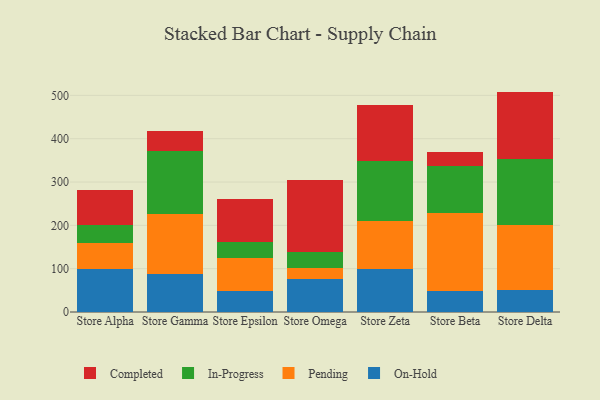
{"axis": {"x": "Store", "y": "Shipments"}, "legend": ["Completed", "In-Progress", "On-Hold", "Pending"], "data": [{"x": "Store Alpha", "y": 98.7, "type": "On-Hold"}, {"x": "Store Alpha", "y": 60.4, "type": "Pending"}, {"x": "Store Alpha", "y": 42.8, "type": "In-Progress"}, {"x": "Store Alpha", "y": 79.3, "type": "Completed"}, {"x": "Store Gamma", "y": 86.6, "type": "On-Hold"}, {"x": "Store Gamma", "y": 138.7, "type": "Pending"}, {"x": "Store Gamma", "y": 145.9, "type": "In-Progress"}, {"x": "Store Gamma", "y": 45.8, "type": "Completed"}, {"x": "Store Epsilon", "y": 48.8, "type": "On-Hold"}, {"x": "Store Epsilon", "y": 75.0, "type": "Pending"}, {"x": "Store Epsilon", "y": 38.3, "type": "In-Progress"}, {"x": "Store Epsilon", "y": 99.6, "type": "Completed"}, {"x": "Store Omega", "y": 75.1, "type": "On-Hold"}, {"x": "Store Omega", "y": 27.4, "type": "Pending"}, {"x": "Store Omega", "y": 34.9, "type": "In-Progress"}, {"x": "Store Omega", "y": 168.1, "type": "Completed"}, {"x": "Store Zeta", "y": 99.8, "type": "On-Hold"}, {"x": "Store Zeta", "y": 111.4, "type": "Pending"}, {"x": "Store Zeta", "y": 137.1, "type": "In-Progress"}, {"x": "Store Zeta", "y": 129.0, "type": "Completed"}, {"x": "Store Beta", "y": 48.8, "type": "On-Hold"}, {"x": "Store Beta", "y": 179.8, "type": "Pending"}, {"x": "Store Beta", "y": 109.0, "type": "In-Progress"}, {"x": "Store Beta", "y": 30.7, "type": "Completed"}, {"x": "Store Delta", "y": 51.8, "type": "On-Hold"}, {"x": "Store Delta", "y": 148.6, "type": "Pending"}, {"x": "Store Delta", "y": 153.2, "type": "In-Progress"}, {"x": "Store Delta", "y": 155.1, "type": "Completed"}]}